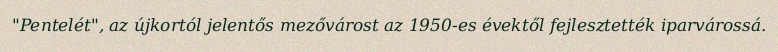
"Pentelét", az újkortól jelentős mezővárost az 1950-es évektől fejlesztették iparvárossá.